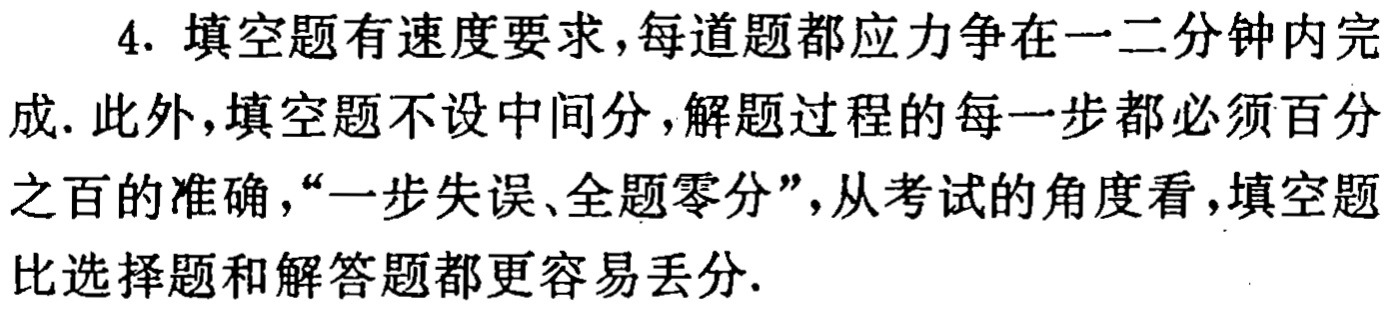
4. 填空题有速度要求，每道题都应力争在一二分钟内完成. 此外，填空题不设中间分，解题过程的每一步都必须百分之百的准确，“一步失误、全题零分”，从考试的角度看，填空题比选择题和解答题都更容易丢分.